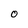
Character: O